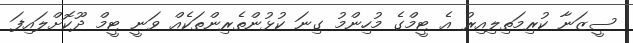
ސީޒަނާ ކުރިމަތިލިއިރު އެ ޓީމްގެ މުހިންމު ގިނަ ކުޅުންތެރިންތަކެއް ވަނީ ޓީމް ދޫކޮށްލައިފަ